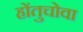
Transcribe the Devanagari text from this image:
होंतुचोवा